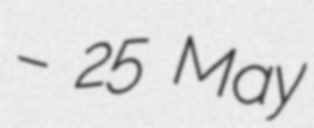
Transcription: – 25 May